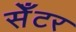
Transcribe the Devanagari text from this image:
सेँटर